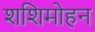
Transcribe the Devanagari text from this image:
शशिमोहन